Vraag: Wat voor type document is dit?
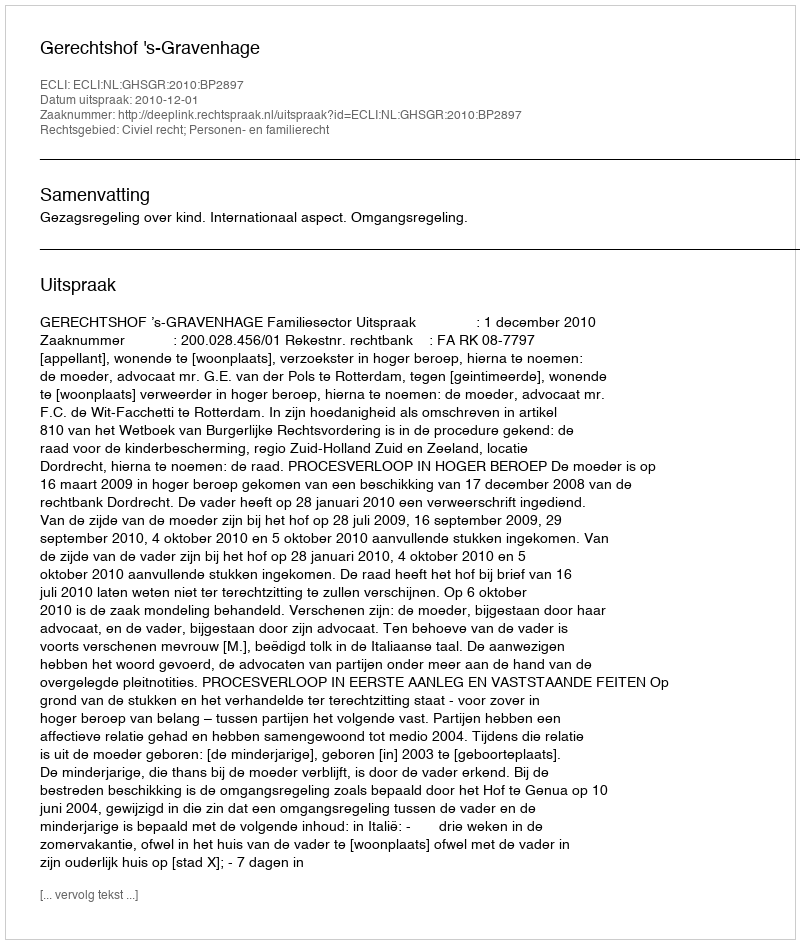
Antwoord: Uitspraak